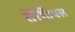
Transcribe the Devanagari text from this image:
तेरेंतियस